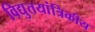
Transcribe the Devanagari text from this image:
विद्युतयांत्रिकीय